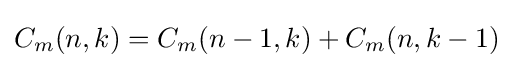
C_{m}(n,k)=C_{m}(n-1,k)+C_{m}(n,k-1)